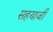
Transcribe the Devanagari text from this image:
सहयाजी